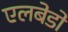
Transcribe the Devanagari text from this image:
एलबेडो